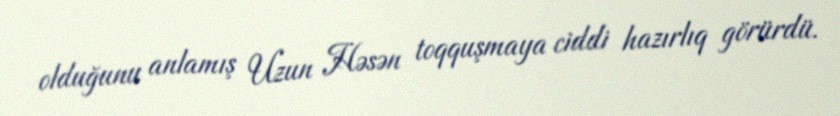
olduğunu anlamış Uzun Həsən toqquşmaya ciddi hazırlıq görürdü.